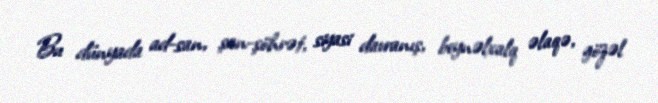
Bu dünyada ad-san, şan-şöhrət, siyasi davranış, beynəlxalq əlaqə, gözəl